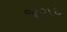
જગદ